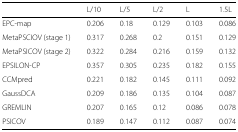
<table><thead><tr><td></td><td><b>L/10</b></td><td><b>L/5</b></td><td><b>L/2</b></td><td><b>L</b></td><td><b>1.5L</b></td></tr></thead><tbody><tr><td>EPC-map</td><td>0.206</td><td>0.18</td><td>0.129</td><td>0.103</td><td>0.086</td></tr><tr><td>MetaPSCIOV (stage 1)</td><td>0.317</td><td>0.268</td><td>0.2</td><td>0.151</td><td>0.129</td></tr><tr><td>MetaPSICOV (stage 2)</td><td>0.322</td><td>0.284</td><td>0.216</td><td>0.159</td><td>0.132</td></tr><tr><td>EPSILON-CP</td><td>0.357</td><td>0.305</td><td>0.235</td><td>0.182</td><td>0.155</td></tr><tr><td>CCMpred</td><td>0.221</td><td>0.182</td><td>0.145</td><td>0.111</td><td>0.092</td></tr><tr><td>GaussDCA</td><td>0.209</td><td>0.186</td><td>0.135</td><td>0.104</td><td>0.087</td></tr><tr><td>GREMLIN</td><td>0.207</td><td>0.165</td><td>0.12</td><td>0.086</td><td>0.078</td></tr><tr><td>PSICOV</td><td>0.189</td><td>0.147</td><td>0.112</td><td>0.087</td><td>0.074</td></tr></tbody></table>